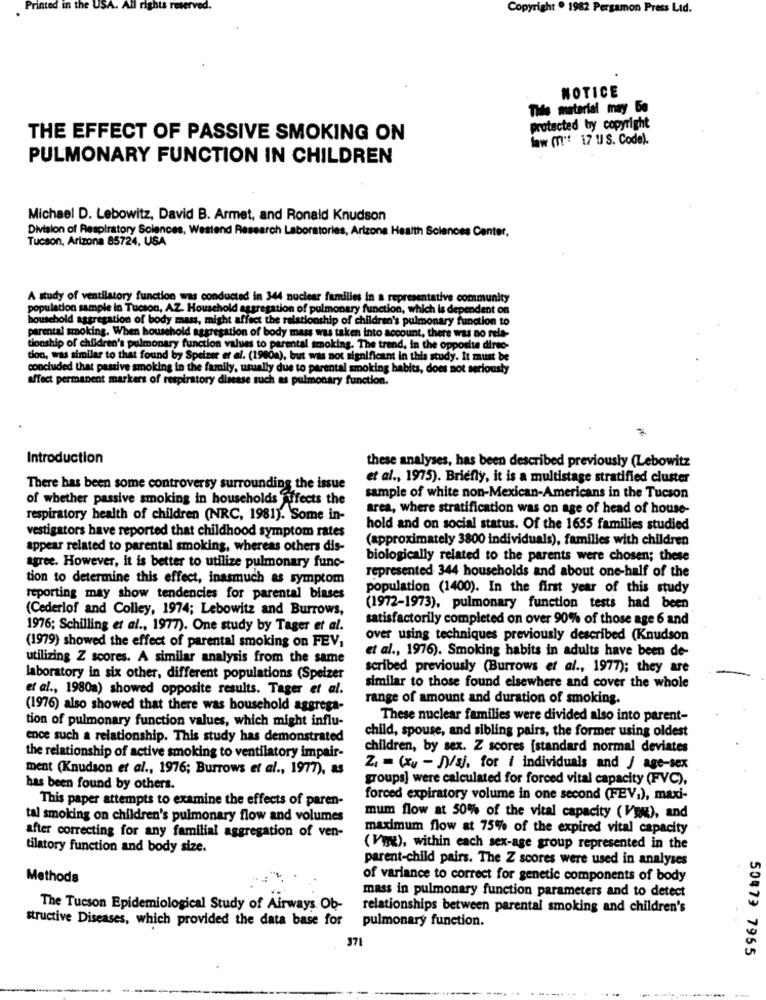
Printed in the USA
Copyright . 1982 Pergamon Press Lid.
NOTICE
Tids material may Be
protected by copyright
THE EFFECT OF PASSIVE SMOKING ON
law (T!" 17 ! S. Code).
PULMONARY FUNCTION IN CHILDREN
Michael D. Lebowitz, David B. Armet, and Ronald Knudson
Division of Respiratory Sciences, Westend Research Laboratories, Arizona Health Sciences Center,
Tucson, Arizona 85724, USA
A study of ventilatory function was conducted in 344 nuclear families in a representative community
population sample in Tucson, AZ. Household aggregation of pulmonary function, which is dependent on
household aggregation of body mass, might affect the relationship of children's pulmonary function to
parental smoking. When household aggregation of body mass was taken into account, there was no rela-
tionship of children's pulmonary function values to parental smoking. The trend, in the opposite dinto-
tion, was similar to that found by Speizer er al. (1980a), but was not significant in this study. It must be
concluded that passive smoking in the family, usually due to parental smoking habits, does not seriously
affect permanent markers of respiratory disease such as pulmonary function.
Introduction
these analyses, has been described previously (Lebowitz
et al ., 1975). Briefly, it is a multistage stratified cluster
There has been some controversy surrounding the issue
of whether passive smoking in households affects the
sample of white non-Mexican-Americans in the Tucson
area, where stratification was on age of head of house-
respiratory health of children (NRC, 1981). Some in-
vestigators have reported that childhood symptom rates
hold and on social status. Of the 1655 families studied
(approximately 3800 individuals), families with children
appear related to parental smoking, whereas others dis-
biologically related to the parents were chosen; these
agree. However, it is better to utilize pulmonary func-
tion to determine this effect, inasmuch as symptom
represented 344 households and about one-half of the
population (1400). In the first year of this study
reporting may show tendencies for parental biases
(Cederlof and Colley, 1974; Lebowitz and Burrows,
(1972-1973), pulmonary function tests had been
satisfactorily completed on over 90% of those age 6 and
1976; Schilling et al ., 1977). One study by Tager et al.
over using techniques previously described (Knudson
(1979) showed the effect of parental smoking on FEV,
et al ., 1976). Smoking habits in adults have been de-
utilizing Z scores. A similar analysis from the same
scribed previously (Burrows et al ., 1977); they are
laboratory in six other, different populations (Speizer
et al ., 1980a) showed opposite results. Tager et al.
similar to those found elsewhere and cover the whole
range of amount and duration of smoking.
(1976) also showed that there was household aggrega-
tion of pulmonary function values, which might influ-
These nuclear families were divided also into parent-
ence such a relationship. This study has demonstrated
child, spouse, and sibling pairs, the former using oldest
children, by sex. Z scores [standard normal deviates
the relationship of active smoking to ventilatory impair-
ment (Knudson et al ., 1976; Burrows et al ., 1977), as
Z1 = (xv - )/sj. for i individuals and / age-sex
groups] were calculated for forced vital capacity (FVC),
has been found by others.
This paper attempts to examine the effects of paren-
forced expiratory volume in one second (FEV.), maxi-
tal smoking on children's pulmonary flow and volumes
mum flow at 50% of the vital capacity (Vpn), and
maximum flow at 75% of the expired vital capacity
after correcting for any familial aggregation of ven-
tilatory function and body size.
(Vwx), within each sex-age group represented in the
parent-child pairs. The Z scores were used in analyses
Methods
of variance to correct for genetic components of body
mass in pulmonary function parameters and to detect
The Tucson Epidemiological Study of Airways Ob-
relationships between parental smoking and children's
structive Diseases, which provided the data base for
pulmonary function.
371
50473 7955